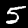
Label: 5